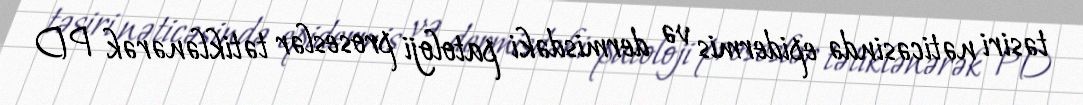
təsiri nəticəsində epidermis və dermisdəki patoloji proseslər tətiklənərək PD